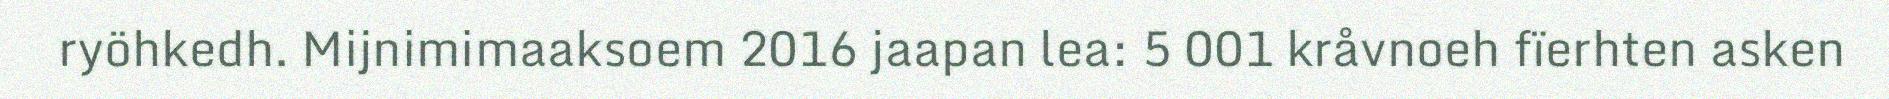
ryöhkedh. Mijnimimaaksoem 2016 jaapan lea: 5 001 kråvnoeh fïerhten asken